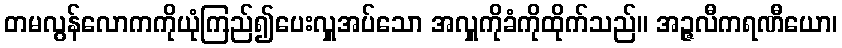
တမလွန်လောကကိုယုံကြည်၍ပေးလှူအပ်သော အလှူကိုခံကိုထိုက်သည်။ အဉ္ဇလီကရဏီယော၊